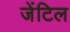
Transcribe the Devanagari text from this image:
जेंटिल